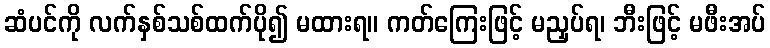
ဆံပင်ကို လက်နှစ်သစ်ထက်ပို၍ မထားရ။ ကတ်ကြေးဖြင့် မညှပ်ရ၊ ဘီးဖြင့် မဖီးအပ်